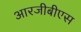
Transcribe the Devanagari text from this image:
आरजीबीएस